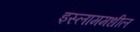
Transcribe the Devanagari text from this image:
इस्लाममधील